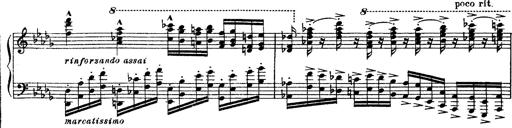
Title: Paraphrase de concert sur Rigoletto
Composer: Franz Liszt